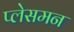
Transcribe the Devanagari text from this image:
प्लेसमन